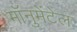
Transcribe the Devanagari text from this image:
मॉनुमेंटेल